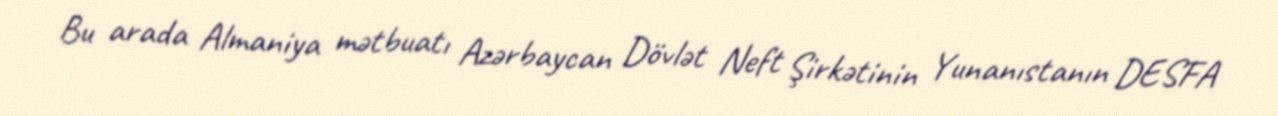
Bu arada Almaniya mətbuatı Azərbaycan Dövlət Neft Şirkətinin Yunanıstanın DESFA